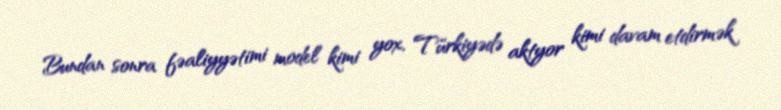
Bundan sonra fəaliyyətimi model kimi yox, Türkiyədə aktyor kimi davam etdirmək